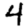
Digit: 4